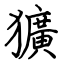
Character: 獷